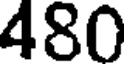
480